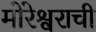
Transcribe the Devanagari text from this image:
मोरेश्वराची